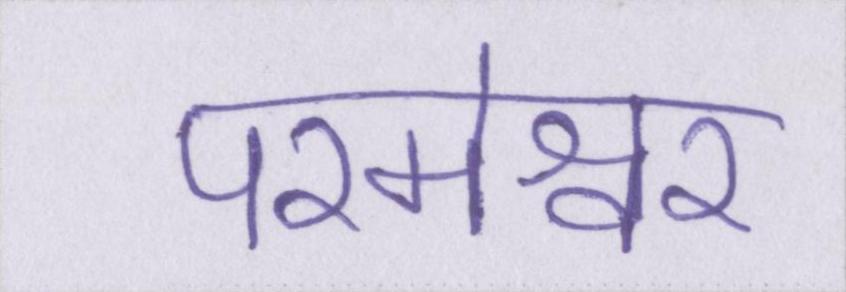
परमेश्वर